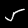
Digit: 5